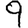
Digit: 9